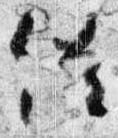
催